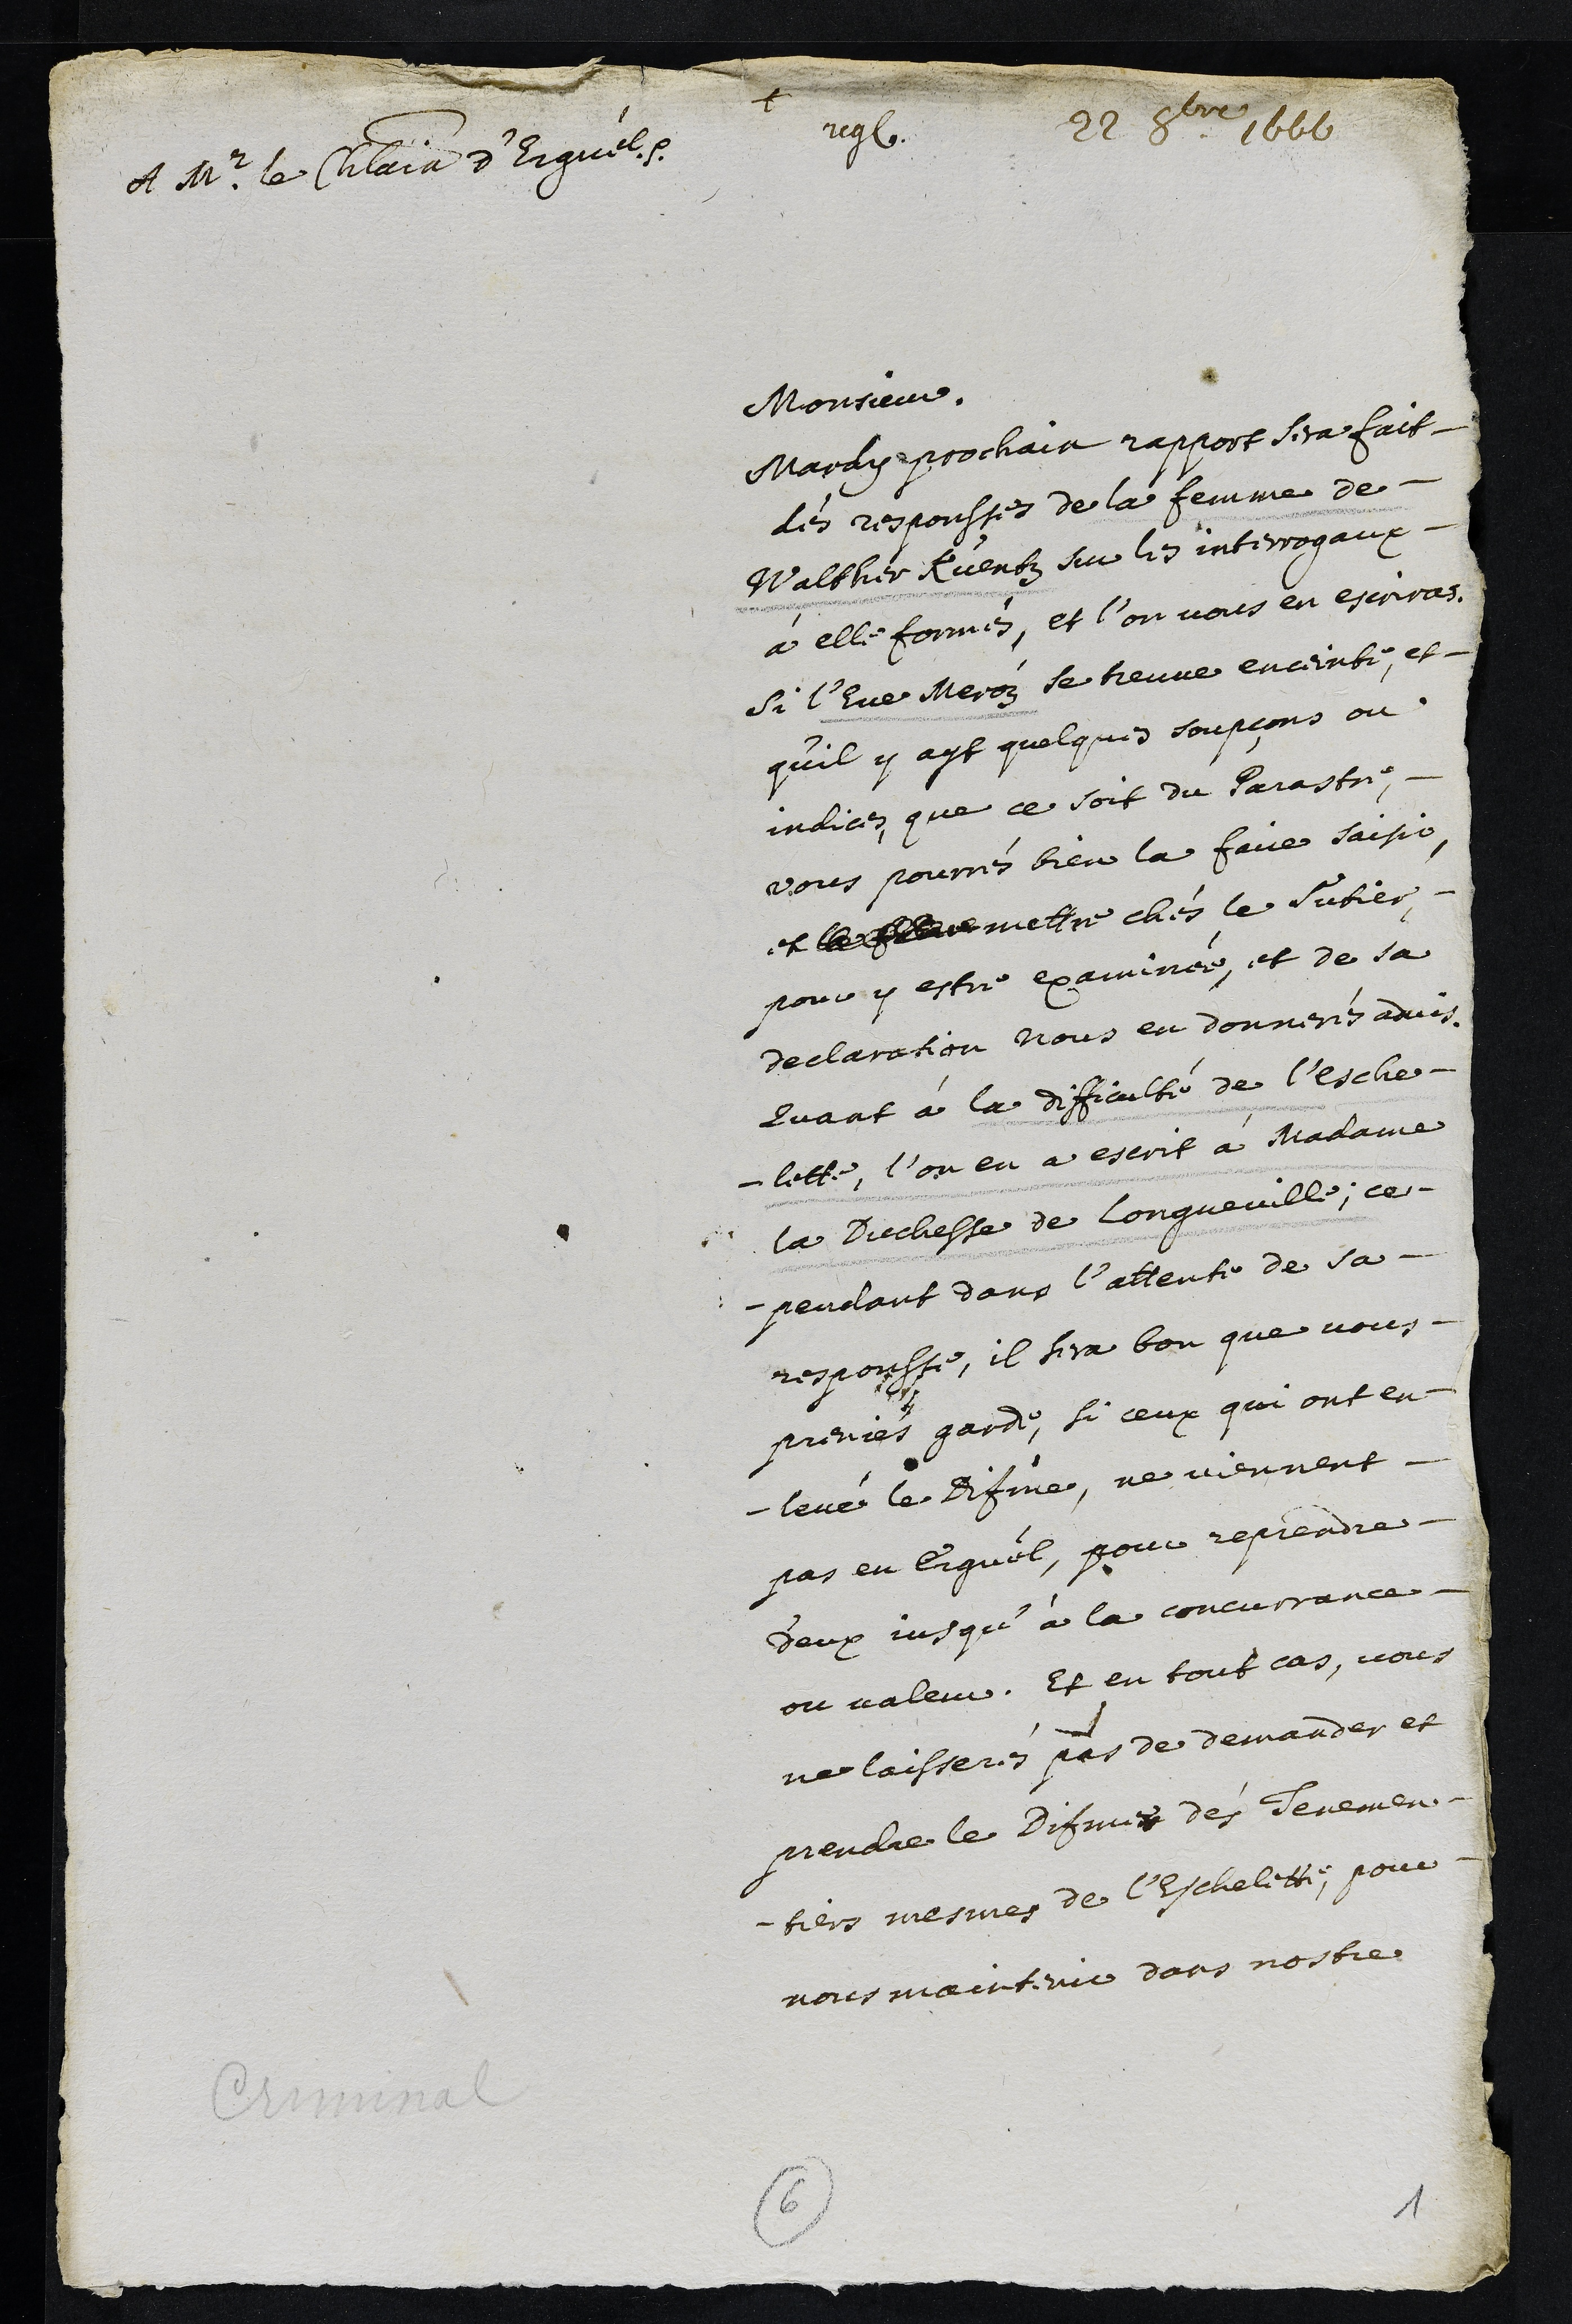
+
A Mr le Chatelain dErguel
22 8bre 1666
registratum
Monsieur.
Mardy prochain rapport sera fait
des responsses de la femme de
Walther Kuentz sur les interrogaux
à elle formés, et l’on vous en escriras.
si l’Eve Meroz se treuve enceinte, et
qu’il y ayt quelques soupçons ou
indices que ce soit du Parastre,
vous pourrés bien la faire saisir
et  mettre chés le sutier
pour y estre examinée, et de sa
declaration nous en donnerés advis.
Quant à la difficulté de l’esche¬
lette, l’on en a escrit à Madame
la Duchesse de Longueville, ce¬
pendant dans l’attente de sa
responsse, il sera bon que vous
preniés garde, si ceux qui ont en¬
levé le Disme, ne viennent
pas en Erguel, pour reprendre
d'eux jusqu’à la concurrance
ou valeur. Et en tout cas, vous
ne laisseres pas de demander et
prendre le Disme des Tenemen¬
tiers mesmes de l’Eschelette, pour
nous maintenir dans nostre
6
1